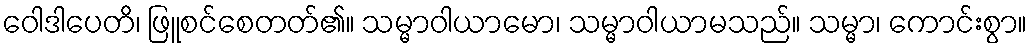
ဝေါဒါပေတိ၊ ဖြူစင်စေတတ်၏။ သမ္မာဝါယာမော၊ သမ္မာဝါယာမသည်။ သမ္မာ၊ ကောင်းစွာ။